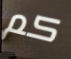
كم